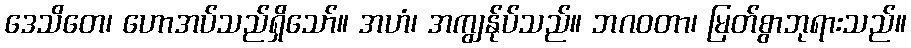
ဒေသိတေ၊ ဟောအပ်သည်ရှိသော်။ အဟံ၊ အကျွန်ုပ်သည်။ ဘဂဝတာ၊ မြတ်စွာဘုရားသည်။